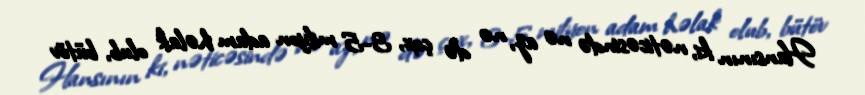
Hansının ki, nəticəsində nə az, nə də çox, 3-5 milyon adam həlak olub, bütöv